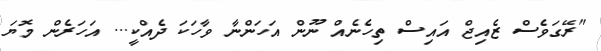
"ރޭގަވެސް ޒެއިޖް އައިސް ތިހެނެއް ނޫން އަހަންނާ ވާހަކަ ދެއްކީ... އަހަރެން މޮޔަ